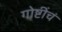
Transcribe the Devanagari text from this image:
गोष्टींचं